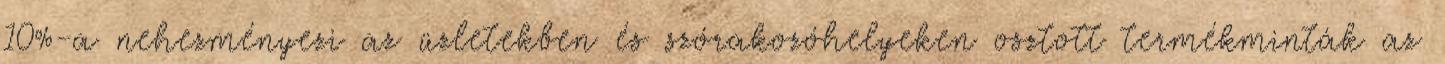
10%-a nehezményezi az üzletekben és szórakozóhelyeken osztott termékminták az